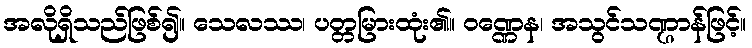
အလိုရှိသည်ဖြစ်၍။ သေလဿ၊ ပတ္တမြားထုံး၏။ ဝဏ္ဏေန၊ အသွင်သဏ္ဌာန်ဖြင့်။